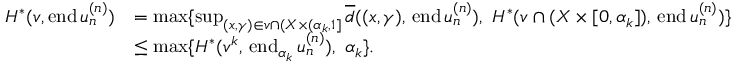
\begin{array} { r l } { H ^ { * } ( v , \mathrm { e n d } \, u _ { n } ^ { ( n ) } ) } & { = \operatorname* { m a x } \{ \operatorname* { s u p } _ { ( x , \gamma ) \in v \cap ( X \times ( \alpha _ { k } , 1 ] } \overline { { d } } ( ( x , \gamma ) , \, \mathrm { e n d } \, u _ { n } ^ { ( n ) } ) , \ H ^ { * } ( v \cap ( X \times [ 0 , \alpha _ { k } ] ) , \, \mathrm { e n d } \, u _ { n } ^ { ( n ) } ) \} } \\ & { \leq \operatorname* { m a x } \{ H ^ { * } ( v ^ { k } , \, \mathrm { e n d } _ { \alpha _ { k } } \, u _ { n } ^ { ( n ) } ) , \ \alpha _ { k } \} . } \end{array}